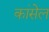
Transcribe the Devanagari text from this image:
कांसेल